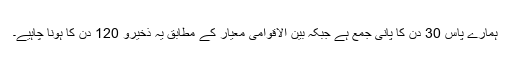
ہمارے پاس 30 دن کا پانی جمع ہے جبکہ بین الاقوامی معیار کے مطابق یہ ذخیرو 120 دن کا ہونا چاہیے۔